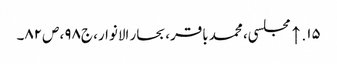
۱۵. ↑ مجلسی، محمد باقر، بحار الانوار، ج‌۹۸، ص‌۸۲۔